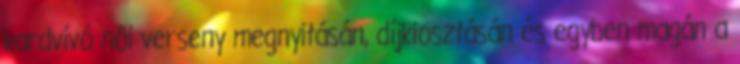
kardvívó női verseny megnyitásán, díjkiosztásán és egyben magán a